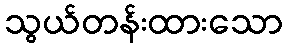
သွယ်တန်းထားသော